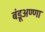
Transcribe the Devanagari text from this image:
बंडूअण्णा